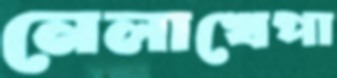
নেলাখেপা